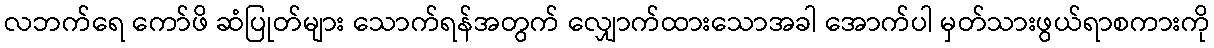
လဘက်ရေ ကော်ဖိ ဆံပြုတ်များ သောက်ရန်အတွက် လျှောက်ထားသောအခါ အောက်ပါ မှတ်သားဖွယ်ရာစကားကို